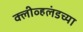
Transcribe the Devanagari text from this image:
क्लीव्हलंडच्या